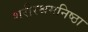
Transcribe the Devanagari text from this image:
शरीरश्रमनिष्ठा